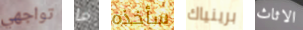
تواجهي ما سأخذه برينياك الاثاث